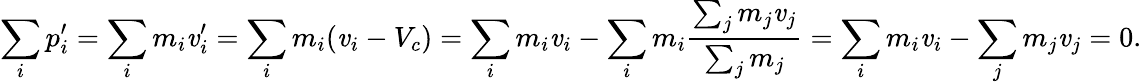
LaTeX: \sum_{i}p_{i}^{\prime}=\sum_{i}m_{i}\mathit{v}_{i}^{\prime}=\sum_{i}m_{i}(\mathit{v}_{i}-V_{c})=\sum_{i}m_{i}\mathit{v}_{i}-\sum_{i}m_{i}{\frac{{\sum_{j}m_{j}\mathit{v}_{j}}}{{\sum_{j}m_{j}}}}=\sum_{i}m_{i}\mathit{v}_{i}-\sum_{j}m_{j}\mathit{v}_{j}=0.